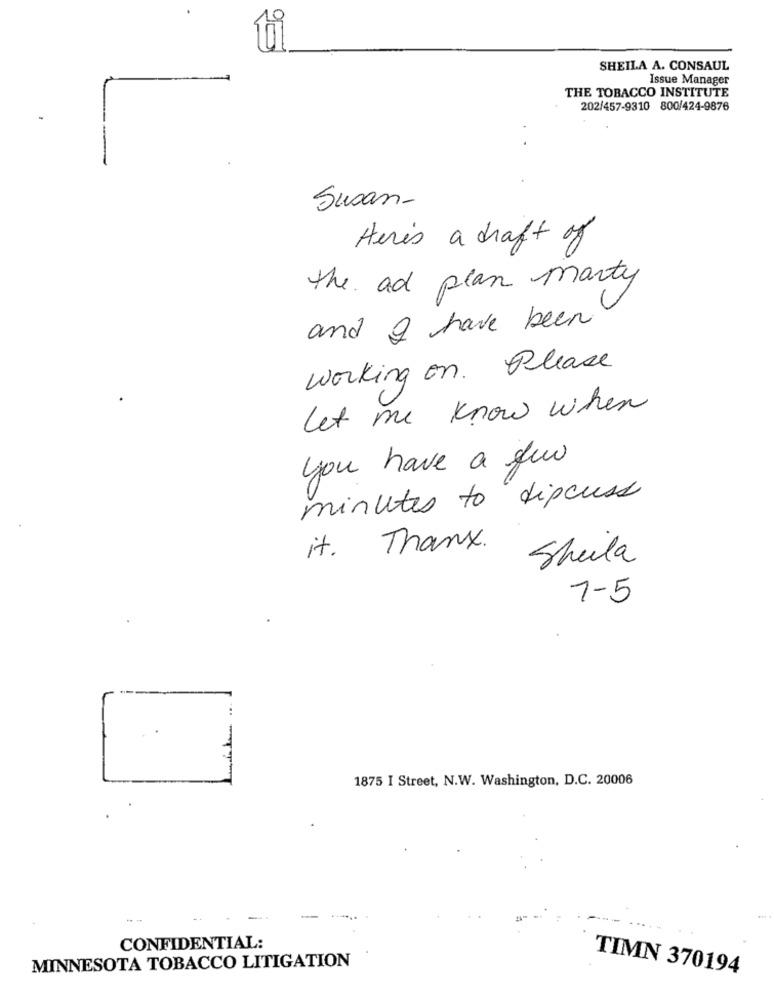
SHEILA A. CONSAUL
Issue Manager
THE TOBACCO INSTITUTE
202/457-9310 800/424-9876
Susan-
Here's a draft of
the ad plan marty
and I have been
working on. Please
Let me know when
you have a few
minutes to discuss
it. Thanx.
Shula
1-5
1875 I Street, N.W. Washington, D.C. 20006
CONFIDENTIAL:
MINNESOTA TOBACCO LITIGATION
TIMN 370194